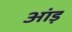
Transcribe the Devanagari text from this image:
आंड़